Report on the treatment of epidemic cholera: from information collected by the governments of Bengal, Madras, Bombay, N.W. Provinces, Punjab, Oudh, and Central India, by order of the Government of India
Disease focus: Cholera
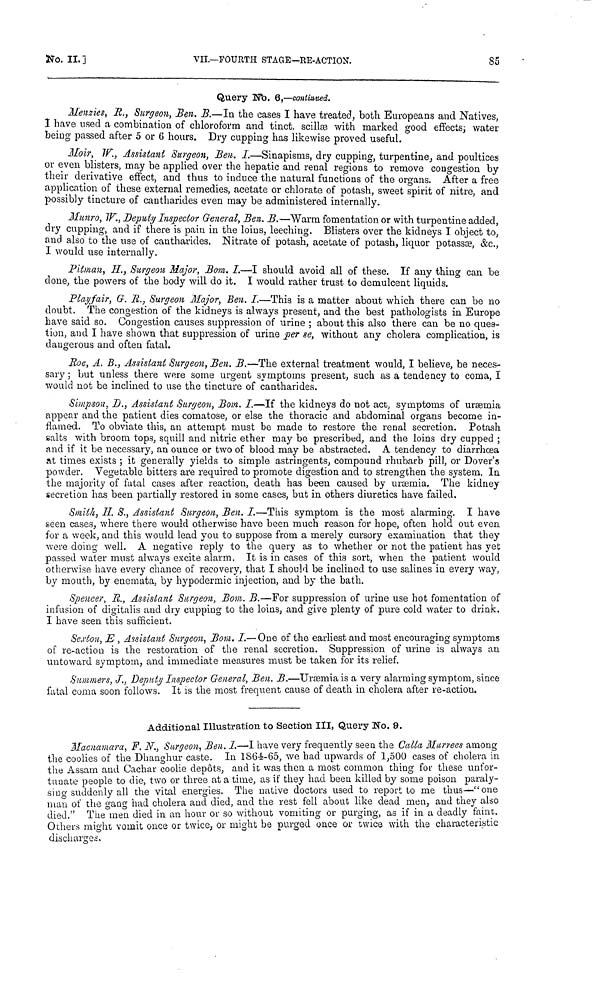
No. II. ]
VII.—FOURTH STAGE—RE-ACTION.
85
Query No. 6,—continued.
Menzies, R., Surgeon, Ben. B.—In the cases I have treated, both Europeans and Natives,
I have used a combination of chloroform and tinct. scillas with marked good effects; water
being passed after δ or 6 hours. Dry cupping has likewise proved useful.
Moir, IV., Assistant Surgeon, Ben. I.—Sinapisms, dry cupping, turpentine, and poultices
or even blisters, may be applied over the hepatic and renal regions to remove congestion by
their derivative effect, and thus to induce the natural functions of the organs. After a free
application of these external remedies, acetate or chlorate of potash, sweet spirit of nitre, and
possibly tincture of cantharides even may be administered internally.
Munro, IV., Deputy Inspector General, Ben. B.—"Warm fomentation or with turpentine added,
dry cupping, and if there is pain in the loins, leeching. Blisters over the kidneys I object to,
and also to the use of cantharides. Nitrate of potash, acetate of potash, liquor potassæ, &c.,
I would use internally.
Pitman, H., Surgeon Major, Bom. I.—I should avoid all of these. If any thing can be
done, the powers of the body will do it. I would rather trust to demulcent liquids.
Playfair, G. R., Surgeon Major, Ben. I.—This is a matter about which there can be no
doubt. The congestion of the kidneys is always present, and the best pathologists in Europe
have said so. Congestion causes suppression of urine ; about this also there can be no ques-
tion, and I have shown that suppression of urine per se, without any cholera complication, is
dangerous and often fatal.
Roe, A. B., Assistant Surgeon, Ben. B.—The external treatment would, I believe, be neces-
sary ; but unless there were some urgent symptoms present, such as a tendency to coma, I
would not be inclined to use the tincture of cantharides.
Simpson, D., Assistant Surgeon, Bom. I.—If the kidneys do not act, symptoms of uræmia
appear and the patient dies comatose, or else the thoracic and abdominal organs become in-
flamed. To obviate this, an attempt must be made to restore the renal secretion. Potash
salts with broom tops, squill and nitric ether may be prescribed, and the loins dry cupped ;
and if it be necessary, an ounce or two of blood may be abstracted. A tendency to diarrhœa
at times exists ; it generally yields to simple astringents, compound rhubarb pill, or Dover's
powder. Vegetable bitters are required to promote digestion and to strengthen the system. In
the majority of fatal cases after reaction, death has been caused by uræmia. The kidney
secretion has been partially restored in some cases, but in others diuretics have failed.
Smith, H. S., Assistant Surgeon, Ben. I.—This symptom is the most alarming. I have
seen cases, where there would otherwise have been much reason for hope, often hold out even
for a week, and this would lead you to suppose from a merely cursory examination that they
were doing well. A negative reply to the query as to whether or not the patient has yet
passed water must always excite alarm. It is in cases of this sort, when the patient would
otherwise have every chance of recovery, that I should be inclined to use salines in every way,
by mouth, by euemata, by hypodermic injection, and by the bath.
Spencer, R., Assistant Surgeon, Bom. B.—For suppression of urine use hot fomentation of
infusion of digitalis and dry cupping to the loins, and give plenty of pure cold water to drink.
I have seen this sufficient.
Sexton, E , Assistant Surgeon, Bom. I.—One of the earliest and most encouraging symptoms
of re-action is the restoration of the renal secretion. Suppression of urine is always an
untoward symptom, and immediate measures must be taken for its relief.
Summers, /., Deputy Inspector General, Ben. B.—Uræmia is a very alarming symptom, since
fatal coma soon follows. It is the most frequent cause of death in cholera after re-action.
Additional Illustration to Section III, Query No. 9.
Macnamara, F. N., Surgeon, Ben. I.—I have very frequently seen the Calla Murrees among
the coolies of the Dhanghur caste. In 1864-65, we had upwards of 1,500 cases of cholera in
the Assam and Cachar coolie depots, and it was then a most common thing for these unfor-
tunate people to die, two or three at a time, as if they had been killed by some poison paraly-
sino- suddenly all the vital energies. The native doctors used to report to me thus—"one
man of the gang had cholera and died, and the rest fell about like dead men, and they also
died." The men died in an hour or so without vomiting or purging, as if in a deadly faint.
Others might vomit once or twice, or might be purged once or twice with the characteristic
discharges.